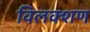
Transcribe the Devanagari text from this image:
विलक्शण